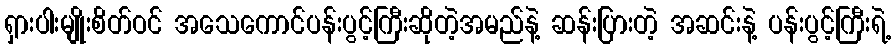
ရှားပါးမျိုးစိတ်ဝင် အသေကောင်ပန်းပွင့်ကြီးဆိုတဲ့အမည်နဲ့ ဆန်းပြားတဲ့ အဆင်းနဲ့ ပန်းပွင့်ကြီးရဲ့